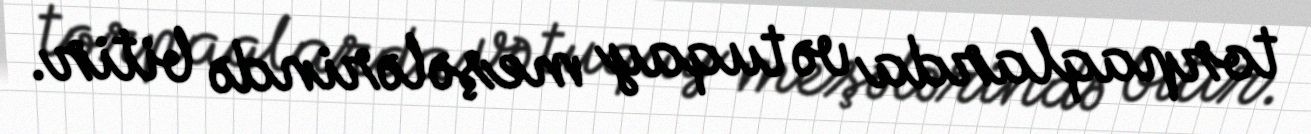
torpaqlarda və tuqay meşələrində bitir.